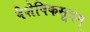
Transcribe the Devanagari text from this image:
वैशेषिकसूत्रम्